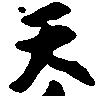
天